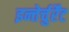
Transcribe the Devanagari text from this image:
इन्तेर्चुर्रेंट